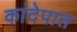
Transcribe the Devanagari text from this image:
कांदेपात